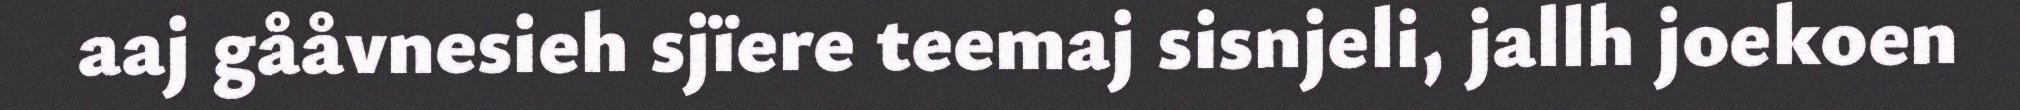
aaj gååvnesieh sjïere teemaj sisnjeli, jallh joekoen